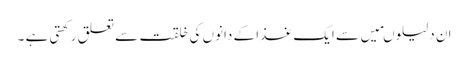
ان دلیلوںمیں سے ایک غذا کے دانوں کی خلقت سے تعلق رکھتی ہے ۔